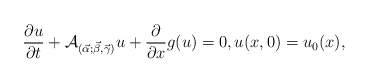
\begin{align*}\frac{\partial u}{\partial t} + {\cal A}_ {(\vec \alpha;\vec \beta, \vec \gamma)}u + \frac{\partial}{\partial x} g(u) = 0, u(x,0) = u_0(x), \end{align*}